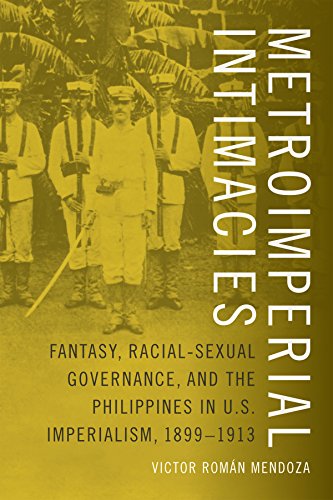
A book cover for Metroimperial Intimacies: Fantasy, Racial-Sexual Governance, and the Philippines in U.S. Imperialism, 1899EE1913 (Perverse Modernities: A Series Edited by Jack Halberstam and Lisa Lowe); Victor  RomÃ¡n Mendoza; History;